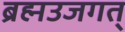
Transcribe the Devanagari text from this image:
ब्रह्मउजगत्